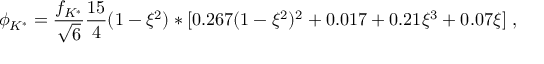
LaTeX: \phi _ { K ^ { * } } = \frac { f _ { K ^ { * } } } { \sqrt { 6 } } \frac { 1 5 } { 4 } ( 1 - \xi ^ { 2 } ) * [ 0 . 2 6 7 ( 1 - \xi ^ { 2 } ) ^ { 2 } + 0 . 0 1 7 + 0 . 2 1 \xi ^ { 3 } + 0 . 0 7 \xi ] \; ,